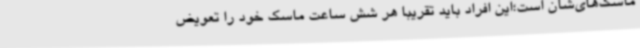
ماسک‌های‌شان است؛این افراد باید تقریبا هر شش ساعت ماسک خود را تعویض